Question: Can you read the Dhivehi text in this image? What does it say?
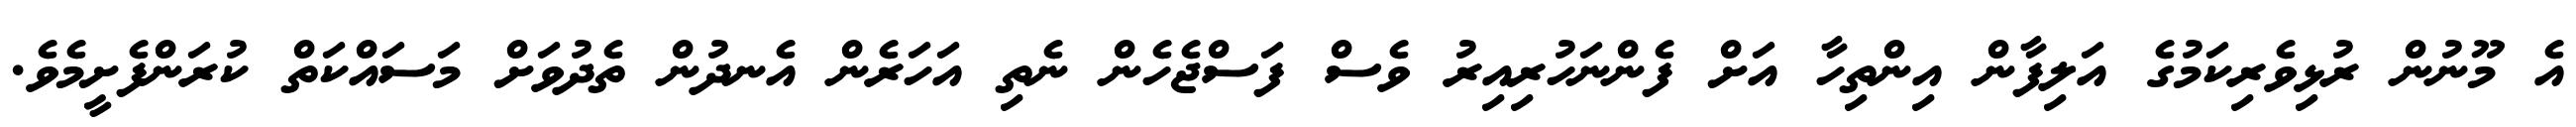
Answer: އެ މޫނުން ރުޅިވެރިކަމުގެ އަލިފާން އިންތިހާ އަށް ފެންނަހުރިއިރު ވެސް ފަސްޖެހެން ނެތި އަހަރެން އެނދުން ތެދުވަށް މަސައްކަތް ކުރަންފެށީމެވެ.